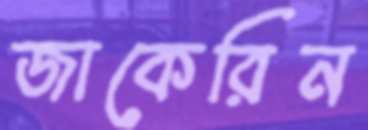
জাকেরিন